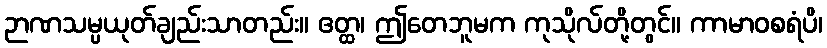
ဉာဏသမ္ပယုတ်ချည်းသာတည်း။ ဧတ္ထ၊ ဤတေဘူမက ကုသိုလ်တို့တွင်။ ကာမာဝစရံပိ၊